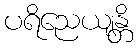
ပရိညေယျန္တိ